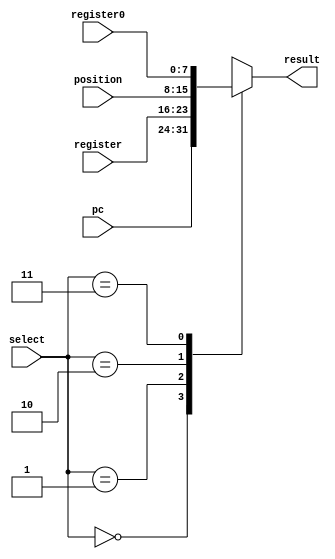
module op1_mux (input [1:0] select, input [7:0] pc, register, register0, position,
				output reg [7:0] result);

always @ (*)
	begin
		case (select)
			2'b00: result = pc;
			2'b01: result = register;
			2'b10: result = position;//the order changed according to Appendix B
			2'b11: result = register0;
		endcase
	end
				
endmodule